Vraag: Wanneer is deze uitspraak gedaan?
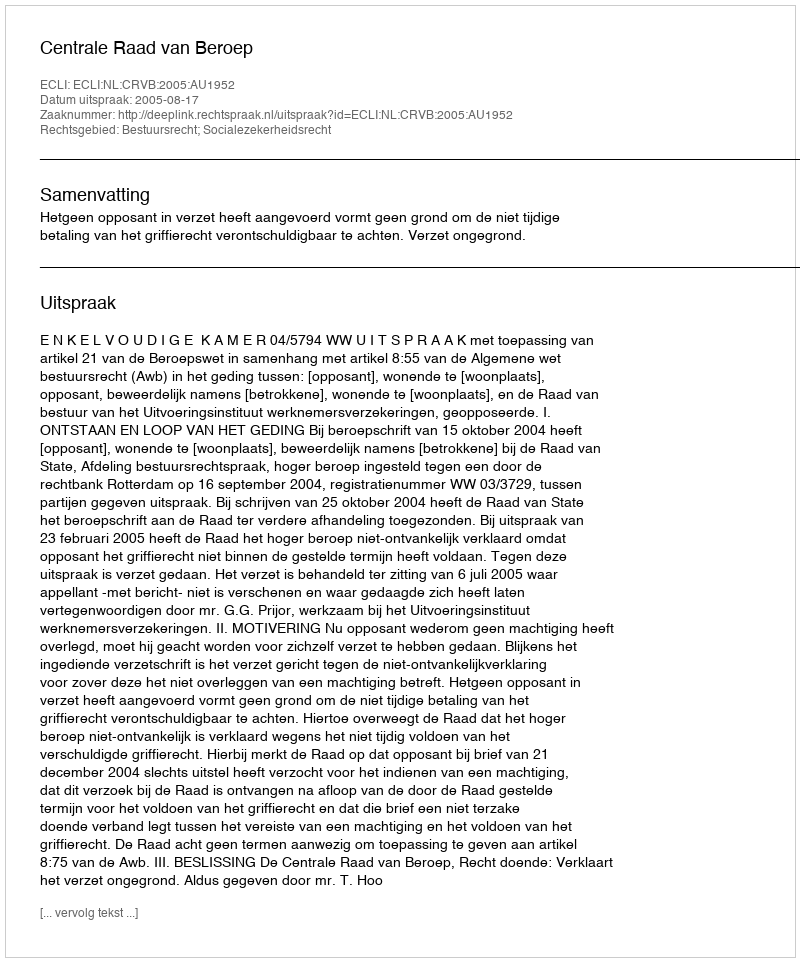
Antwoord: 2005-08-17